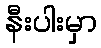
နီးပါးမှာ